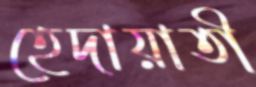
হেদায়াতী